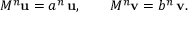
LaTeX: M ^ { n } \mathbf { u } = a ^ { n } \, \mathbf { u } , \qquad M ^ { n } \mathbf { v } = b ^ { n } \, \mathbf { v } .